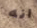
انه